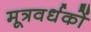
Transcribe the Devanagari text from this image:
मूत्रवर्धकों